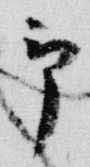
予